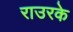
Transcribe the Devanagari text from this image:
राउरके